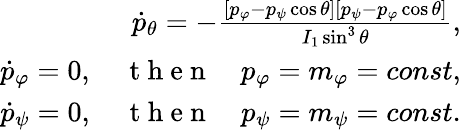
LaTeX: \begin{array}{r}{\dot{p}_{\theta}=-\frac{[p_{\varphi}-p_{\psi}\cos\theta][p_{\psi}-p_{\varphi}\cos\theta]}{I_{1}\sin^{3}\theta},}\\ {\dot{p}_{\varphi}=0,\quad\mathrm{~t~h~e~n~}\quad p_{\varphi}=m_{\varphi}=const,}\\ {\dot{p}_{\psi}=0,\quad\mathrm{~t~h~e~n~}\quad p_{\psi}=m_{\psi}=const.}\end{array}